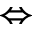
\Leftrightarrow